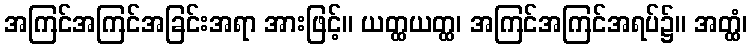
အကြင်အကြင်အခြင်းအရာ အားဖြင့်။ ယတ္ထယတ္ထ၊ အကြင်အကြင်အရပ်၌။ အတ္ထံ၊